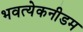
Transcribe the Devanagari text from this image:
भवत्येकनीडम